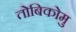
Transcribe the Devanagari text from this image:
तोबिकोमु